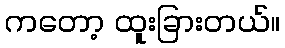
ကတော့ ထူးခြားတယ်။